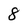
Character: 8